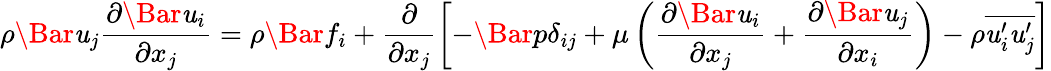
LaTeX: {\rho}\Bar{\mathit{u}}_{j}\frac{{{\partial}\Bar{\mathit{u}}_{i}}}{{{\partial}x_{j}}}={\rho}\Bar{f}_{i}+\frac{{\partial}}{{{\partial}x_{j}}}\left[-\Bar{p}\delta_{ij}+\mu\left(\frac{{{\partial}\Bar{\mathit{u}}_{i}}}{{{\partial}x_{j}}}+\frac{{{\partial}\Bar{\mathit{u}}_{j}}}{{{\partial}x_{i}}}\right)-{\rho}\overline{{{\mathit{u}_{i}^{\prime}\mathit{u}_{j}^{\prime}}}}\right]